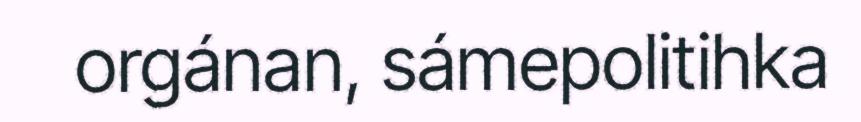
orgánan, sámepolitihka